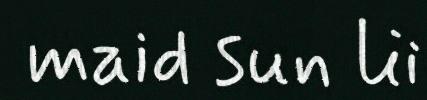
maid sun lii